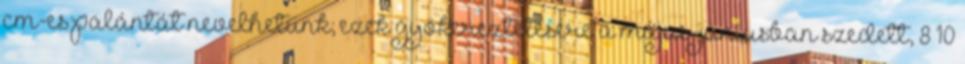
cm-es palántát nevelhetünk; ezek gyökereztetésére a május-júniusban szedett, 8–10